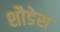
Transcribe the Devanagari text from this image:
शौडेस